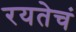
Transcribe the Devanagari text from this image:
रयतेचं